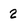
Character: 2